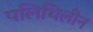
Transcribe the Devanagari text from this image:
पलिथिलीन